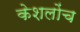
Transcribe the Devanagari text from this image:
केशलोंच